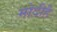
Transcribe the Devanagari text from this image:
मोदीहै